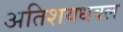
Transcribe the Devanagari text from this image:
अतिशयधवल